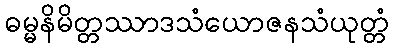
ဓမ္မနိမိတ္တဿာဒသံယောဇနသံယုတ္တံ